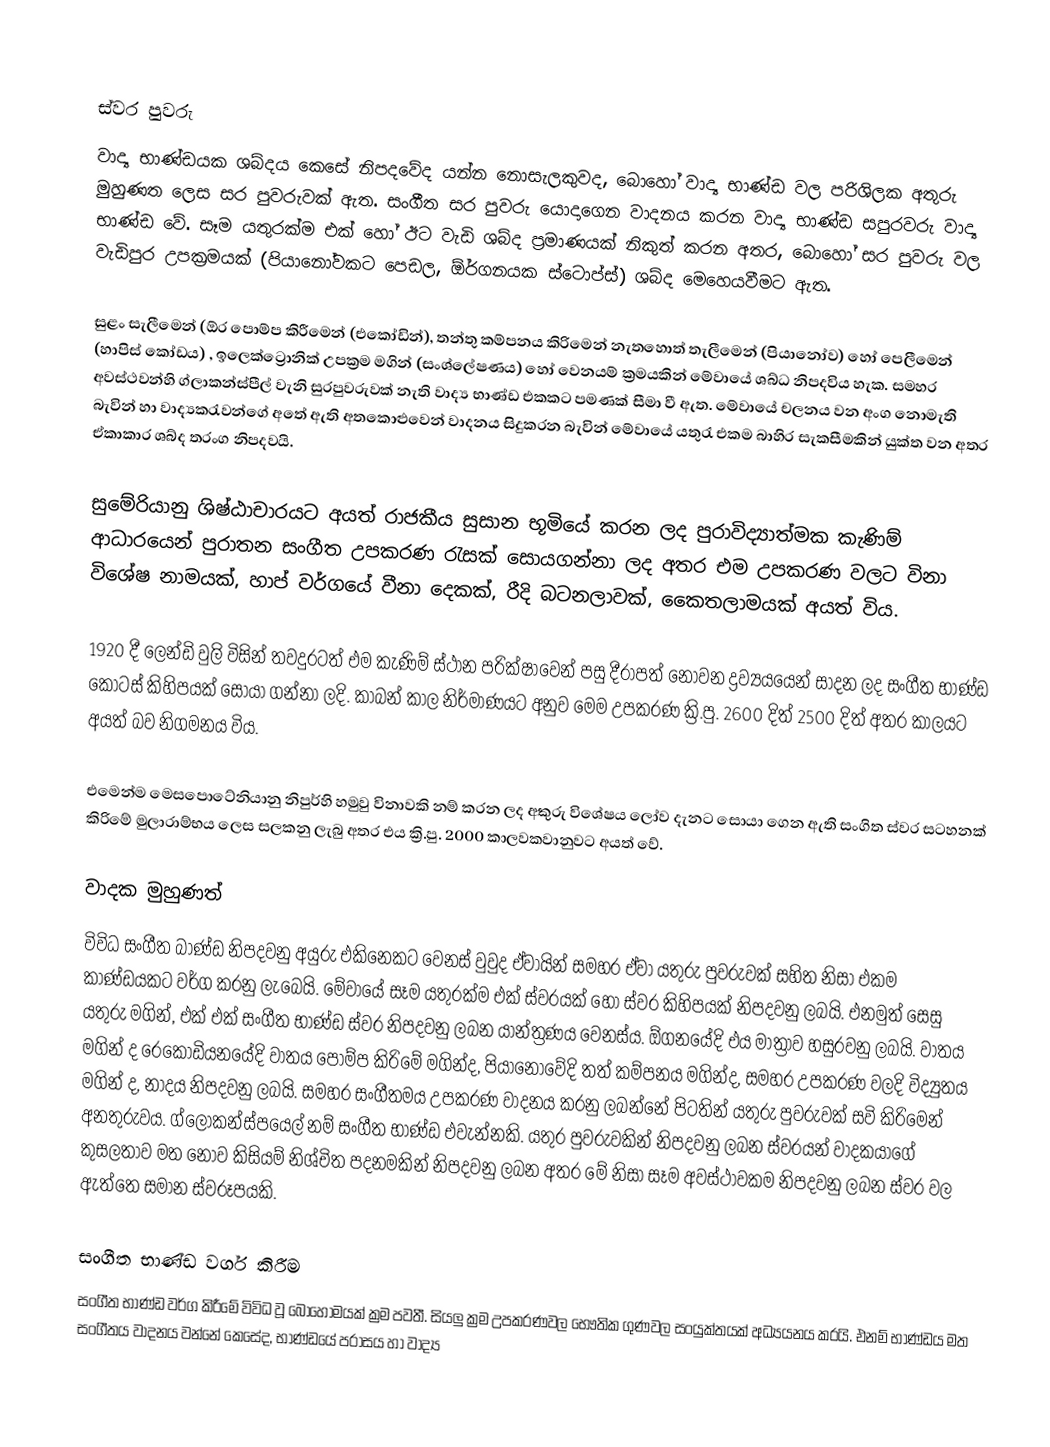

ස්වර පුවරු
වාද්‍ය භාණ්ඩයක ශබ්දය කෙසේ නිපදවේද යන්න නොසැලකුවද, බොහෝ වාද්‍ය භාණ්ඩ වල පරිශිලක අතුරු මුහුණත ලෙස සර පුවරුවක් ඇත. සංගීත සර පුවරු යොදාගෙන වාදනය කරන වාද්‍ය භාණ්ඩ සපුරවරු වාද්‍ය භාණ්ඩ වේ. සෑම යතුරක්ම එක් හෝ ඊට වැඩි ශබ්ද ප්‍රමාණයක් නිකුත් කරන අතර, බොහෝ සර පුවරු වල වැඩිපුර උපක්‍රමයක් (පියානෝවකට පෙඩල, ඕර්ගනයක ස්ටොප්ස්) ශබ්ද මෙහෙයවීමට ඇත.

සුළං සැලීමෙන් (ඕර පොම්ප කිරීමෙන් (එකෝඩින්), තන්තු කම්පනය කිරිමෙන් නැතහොත් තැලීමෙන් (පියානෝව) හෝ පෙලීමෙන් (හාපිස් කෝඩය) , ඉලෙක්ට්‍රොනික් උපක්‍රම මගින් (සංශ්ලේෂණය) හෝ වෙනයම් ක්‍රමයකින් මේවායේ ශබ්ධ නිපදවිය හැක. සමහර අවස්ථවන්හි ග්ලාකන්ස්පීල් වැනි සුරපුවරුවක් නැති වාද්‍ය භාණ්ඩ එකකට පමණක් සීමා වී ඇත. මේවායේ චලනය වන අංග නොමැති බැවින් හා වාද්‍යකරැවන්ගේ අතේ ඇති අතකොළුවෙන් වාදනය සිදුකරන බැවින් මේවායේ යතුරැ එකම බාහිර සැකසීමකින් යුක්ත වන අතර ඒකාකාර ශබ්ද තරංග නිපදවයි.

සුමේරියානු ශිෂ්ඨාචාරයට අයත් රාජකීය සුසාන භූමියේ කරන ලද පුරාවිද්‍යාත්මක කැණිම් ආධාරයෙන් පුරාතන සංගීත උපකරණ රැසක් සොයගන්නා ලද අතර එම උපකරණ වලට විනා විශේෂ නාමයක්, හාප් වර්ගයේ වීනා දෙකක්, රීදි බටනලාවක්, කෛතලාමයක් අයත් විය.

1920 දී ලෙන්ඩි වුලි විසින් තවදුරටත් එම කැණිම් ස්ථාන පරික්ෂාවෙන් පසු දීරාපත් නොවන ද්‍රව්‍යයයෙන් සාදන ලද සංගීත භාණ්ඩ කොටස් කිහිපයක් සොයා ගන්නා ලදි. කාබන් කාල නිර්මාණයට‍ අනුව මෙම උපකරණ ක්‍රි.පු. 2600 දිත් 2500 දිත් අතර කාලයට අයත් බව නිගමනය විය.

එමෙන්ම මෙසපොටේනියානු නිපුර්හි හමුවු විනාවකි නම් කරන ලද අකුරු විශේෂය ලෝව දැනට සොයා ගෙන ඇති සංගිත ස්වර සටහනක් කිරිමේ මුලාරාම්භය ලෙස සලකනු ලැබු අතර එය ක්‍රි.පු. 2000 කාලවකවානුවට අයත් වේ.

වාදක මුහුණත්
විවිධ සංගීත බාණ්ඩ නිපදවනු අයුරු එකිනෙකට වෙනස් වුවුද ඒවායින් සමහර ඒවා යතුරු පුවරුවක් සහිත නිසා එකම කාණ්ඩයකට වර්ග කරනු ලැබෙයි. මේවායේ සෑම යතුරක්ම එක් ස්වරයක් හෝ ස්වර කිහිපයක් නිපදවනු ලබයි. එනමුත් සෙසු යතුරු මගින්, එක් එක් සංගීත භාණ්ඩ ස්වර නිපදවනු ලබන යාන්ත්‍රණය වෙනස්ය. ඕගනයේදි එය මාත්‍රාව හසුරවනු ලබයි. වාතය මගින් ද රෙකෝඩියනයේදි වාතය පොම්ප කිරිමේ මගින්ද, පියානෝවේදි තත් කම්පනය මගින්ද, සමහර උපකරණ වලදි විද්‍යුතය මගින් ද, නාදය නිපදවනු ලබයි. සමහර සංගීතමය උපකරණ වාදනය කරනු ලබන්නේ පිටතින් යතුරු පුවරුවක් සවි කිරිමෙන් අනතුරුවය. ග්ලෝකන්ස්‍පයෙල් නම් සංගීත භාණ්ඩ එවැන්නකි. යතුර පුවරුවකින් නිපදවනු ලබන ස්වරයන් වාදකයාගේ කුසලතාව මත නොව කිසියම් නිශ්චිත පදනමකින් නිපදවනු ලබන අතර මේ නිසා සෑම අවස්ථාවකම නිපදවනු ලබන ස්වර වල ඇත්තෙ සමාන ස්වරූපයකි.

සංගීත භාණ්ඩ වර්ග කිරීම
සංගීත භාණ්ඩ වර්ග කිරීමේ විවිධ වූ බොහොමයක් ක්‍රම පවතී. සියලු ක්‍රම උපකරණවල භෞතික ගුණවල සංයුක්තයක් අධ්‍යයනය කරයි. එනම් භාණ්ඩය මත සංගීතය වාදනය වන්නේ කෙසේද, භාණ්ඩයේ පරාසය හා වාද්‍ය